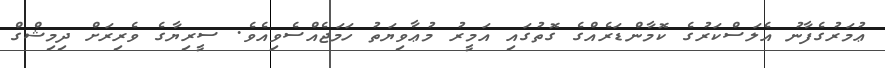
ޢުމަރުގެފާނު އެލަސްކަރުގެ ކޮމާންޑަރެއްގެ ގޮތުގައި އަމީރު މުޢާވިޔަތު ހަމަޖެއްސެވިއެވެ. ސީރިޔާގެ ވެރިރަށް ދިމިޝްގް